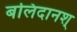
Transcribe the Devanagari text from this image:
बलिदानश्